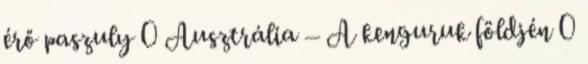
érő paszuly 0 Ausztrália – A kenguruk földjén 0